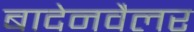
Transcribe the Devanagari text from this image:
बादेनवैलर